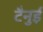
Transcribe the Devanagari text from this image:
टैनुई